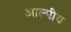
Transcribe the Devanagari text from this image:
आल्पीय